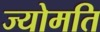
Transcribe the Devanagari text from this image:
ज्योमति